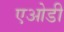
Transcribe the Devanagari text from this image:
एओडी